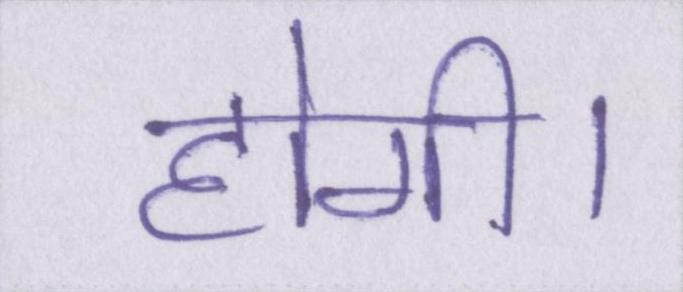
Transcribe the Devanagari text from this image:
होगी।